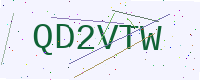
Text: QD2VTW